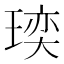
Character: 𪼁